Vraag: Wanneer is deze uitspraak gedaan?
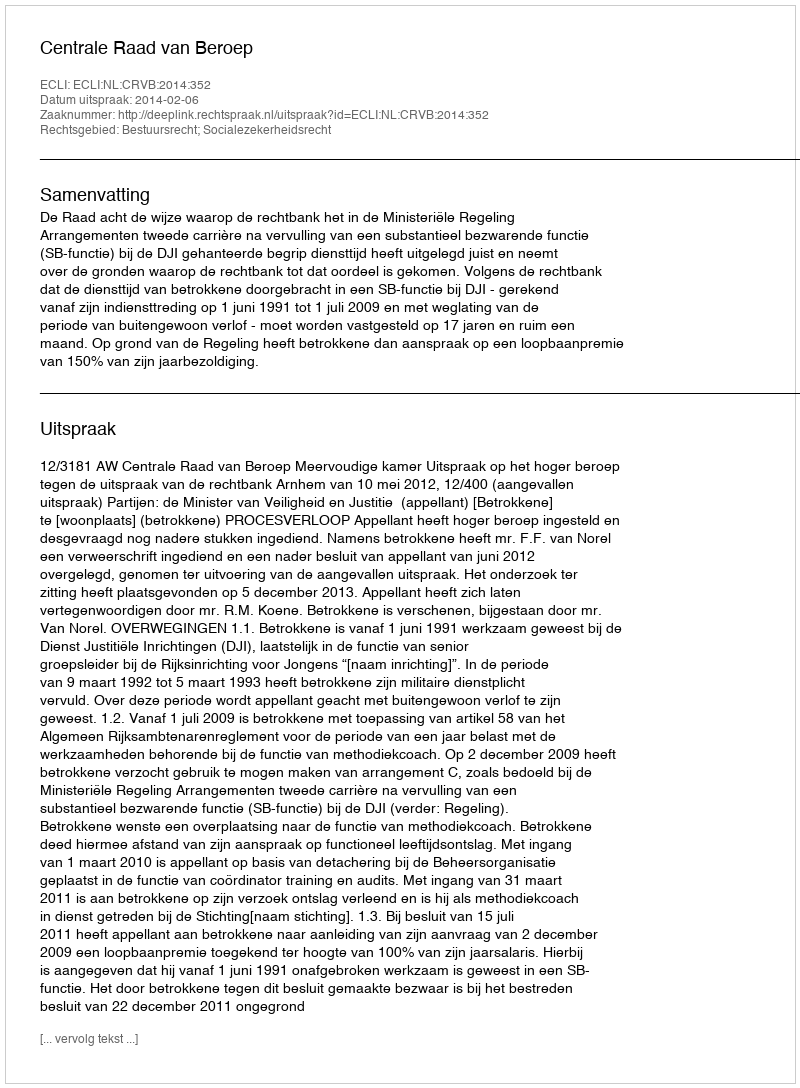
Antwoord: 2014-02-06